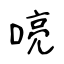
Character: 喨